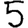
Digit: 5